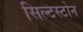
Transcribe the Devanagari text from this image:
सिल्टस्टोन